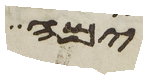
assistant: ימה